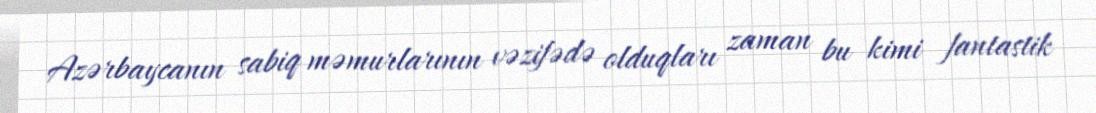
Azərbaycanın sabiq məmurlarının vəzifədə olduqları zaman bu kimi fantastik